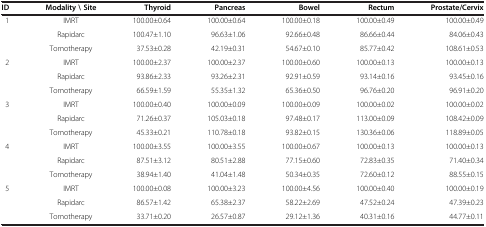
<table><thead><tr><td><b>ID</b></td><td><b>Modality \ Site</b></td><td><b>Thyroid</b></td><td><b>Pancreas</b></td><td><b>Bowel</b></td><td><b>Rectum</b></td><td><b>Prostate/Cervix</b></td></tr></thead><tbody><tr><td rowspan="3">1</td><td>IMRT</td><td>100.00±0.64</td><td>100.00±0.64</td><td>100.00±0.18</td><td>100.00±0.49</td><td>100.00±0.49</td></tr><tr><td>Rapidarc</td><td>100.47±1.10</td><td>96.63±1.06</td><td>92.66±0.48</td><td>86.66±0.44</td><td>84.06±0.43</td></tr><tr><td>Tomotherapy</td><td>37.53±0.28</td><td>42.19±0.31</td><td>54.67±0.10</td><td>85.77±0.42</td><td>108.61±0.53</td></tr><tr><td rowspan="3">2</td><td>IMRT</td><td>100.00±2.37</td><td>100.00±2.37</td><td>100.00±0.60</td><td>100.00±0.13</td><td>100.00±0.13</td></tr><tr><td>Rapidarc</td><td>93.86±2.33</td><td>93.26±2.31</td><td>92.91±0.59</td><td>93.14±0.16</td><td>93.45±0.16</td></tr><tr><td>Tomotherapy</td><td>66.59±1.59</td><td>55.35±1.32</td><td>65.36±0.50</td><td>96.76±0.20</td><td>96.91±0.20</td></tr><tr><td rowspan="3">3</td><td>IMRT</td><td>100.00±0.40</td><td>100.00±0.09</td><td>100.00±0.09</td><td>100.00±0.02</td><td>100.00±0.02</td></tr><tr><td>Rapidarc</td><td>71.26±0.37</td><td>105.03±0.18</td><td>97.48±0.17</td><td>113.00±0.09</td><td>108.42±0.09</td></tr><tr><td>Tomotherapy</td><td>45.33±0.21</td><td>110.78±0.18</td><td>93.82±0.15</td><td>130.36±0.06</td><td>118.89±0.05</td></tr><tr><td rowspan="3">4</td><td>IMRT</td><td>100.00±3.55</td><td>100.00±3.55</td><td>100.00±0.67</td><td>100.00±0.13</td><td>100.00±0.13</td></tr><tr><td>Rapidarc</td><td>87.51±3.12</td><td>80.51±2.88</td><td>77.15±0.60</td><td>72.83±0.35</td><td>71.40±0.34</td></tr><tr><td>Tomotherapy</td><td>38.94±1.40</td><td>41.04±1.48</td><td>50.34±0.35</td><td>72.60±0.12</td><td>88.55±0.15</td></tr><tr><td rowspan="2">5</td><td>IMRT</td><td>100.00±0.08</td><td>100.00±3.23</td><td>100.00±4.56</td><td>100.00±0.40</td><td>100.00±0.19</td></tr><tr><td>Rapidarc</td><td>86.57±1.42</td><td>65.38±2.37</td><td>58.22±2.69</td><td>47.52±0.24</td><td>47.39±0.23</td></tr><tr><td> </td><td>Tomotherapy</td><td>33.71±0.20</td><td>26.57±0.87</td><td>29.12±1.36</td><td>40.31±0.16</td><td>44.77±0.11</td></tr></tbody></table>